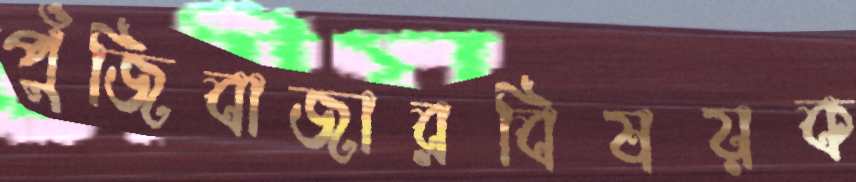
পুঁজিবাজারবিষয়ক